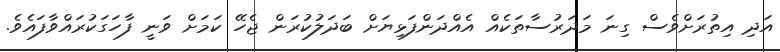
އަދި އިތުރަށްވެސް ގިނަ މަދަރުސާތަކެއް އެއްދަންފަޅިޔަށް ބަދަލުކުރަން ޖެހޭ ކަމަށް ވަނީ ފާހަގަކުރައްވާފައެވެ.